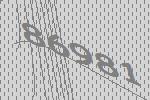
86981